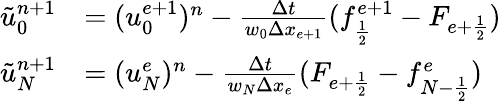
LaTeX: \begin{array}{rl}{\tilde{u}_{0}^{n+1}}&{=(u_{0}^{e+1})^{n}-\frac{\Delta t}{w_{0}\Delta x_{e+1}}(f_{\frac{1}{2}}^{e+1}-F_{{e+\frac{1}{2}}})}\\ {\tilde{u}_{N}^{n+1}}&{=(u_{N}^{e})^{n}-\frac{\Delta t}{w_{N}\Delta x_{e}}(F_{{e+\frac{1}{2}}}-f_{{N-\frac{1}{2}}}^{e})}\end{array}